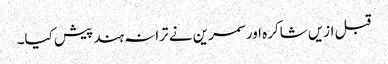
قبل ازیں شاکرہ اور سمرین نے ترانہ ہند پیش کیا۔